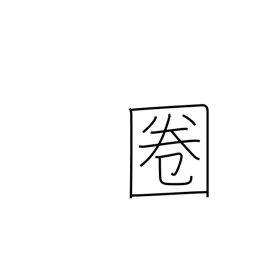
Meaning: radius